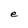
Character: e